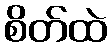
စိတ်ထဲ